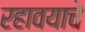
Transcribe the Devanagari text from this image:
रहावयाचे